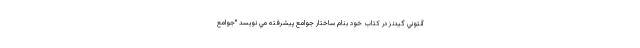
آنتوني گيدنز در كتاب خود بنام ساختار جوامع پيشرفته مي نويسد "جوامع